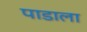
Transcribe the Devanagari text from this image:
पाडाला